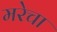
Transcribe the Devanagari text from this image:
मरेचा